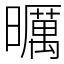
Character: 曞